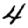
Digit: 4